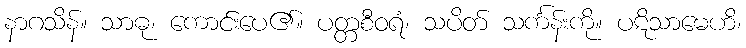
နာဂသိန်။ သာဓု၊ ကောင်းပေ၏။ ပတ္တစီဝရံ၊ သပိတ် သင်္ကန်းကို။ ပဋိသာမေဟိ၊